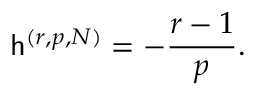
\mathsf { h } ^ { ( r , p , N ) } = - \frac { r - 1 } { p } .